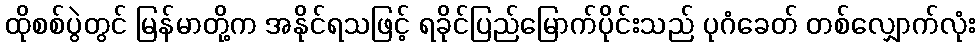
ထိုစစ်ပွဲတွင် မြန်မာတို့က အနိုင်ရသဖြင့် ရခိုင်ပြည်မြောက်ပိုင်းသည် ပုဂံခေတ် တစ်လျှောက်လုံး